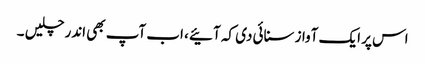
اس پر ایک آواز سنائی دی کہ آئیے ، اب آپ بھی اندر چلیں ۔